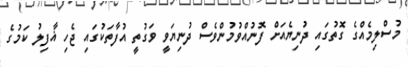
މުސްލިމެއްގެ ގޮތުގައި ދުނިޔެއަށް ފޮނުއްވުމުންވެސް ދުނިޔަވީ ވަގުތީ އުފާތަކުގައި ޖެހި ޣާފިލު ކަމުގެ